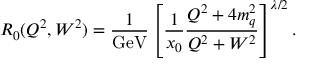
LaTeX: R _ { 0 } ( Q ^ { 2 } , W ^ { 2 } ) = \frac { 1 } { \mathrm { { G e V } } } \left[ \frac { 1 } { x _ { 0 } } \frac { Q ^ { 2 } + 4 m _ { q } ^ { 2 } } { Q ^ { 2 } + W ^ { 2 } } \right] ^ { \lambda / 2 } .